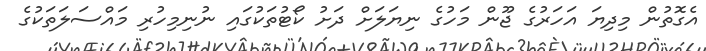
އެގޮތުން މިދިޔަ އަހަރުގެ ޖޫން މަހުގެ ނިޔަލަށް ދަށު ކޯޓުތަކުގައި ނުނިމިހުރި މައްސަލަތަކުގެ